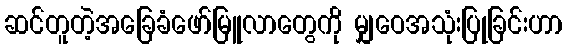
ဆင်တူတဲ့အခြေခံဖော်မြူလာတွေကို မျှဝေအသုံးပြုခြင်းဟာ